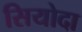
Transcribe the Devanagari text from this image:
सियोदा